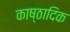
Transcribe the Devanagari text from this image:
काष्‍ठादिक